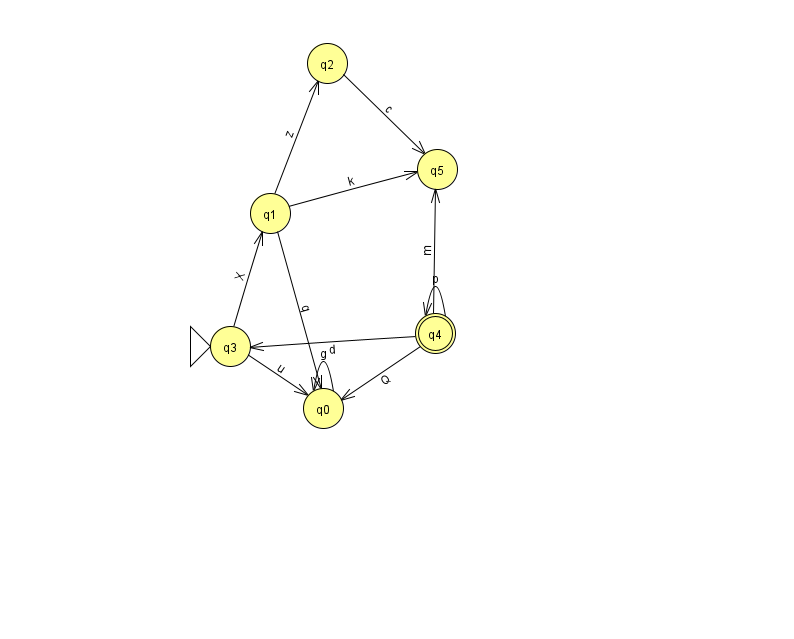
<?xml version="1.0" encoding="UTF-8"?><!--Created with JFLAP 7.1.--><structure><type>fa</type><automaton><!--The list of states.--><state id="0" name="q0"><x>323.0</x><y>395.0</y></state><state id="1" name="q1"><x>270.0</x><y>200.0</y></state><state id="2" name="q2"><x>327.0</x><y>50.0</y></state><state id="3" name="q3"><x>230.0</x><y>333.0</y><initial/></state><state id="4" name="q4"><x>435.0</x><y>320.0</y><final/></state><state id="5" name="q5"><x>437.0</x><y>156.0</y></state><!--The list of transitions.--><transition><from>4</from><to>4</to><read>p</read></transition><transition><from>1</from><to>5</to><read>k</read></transition><transition><from>4</from><to>0</to><read>Q</read></transition><transition><from>1</from><to>2</to><read>z</read></transition><transition><from>2</from><to>5</to><read>c</read></transition><transition><from>0</from><to>0</to><read>g</read></transition><transition><from>1</from><to>0</to><read>q</read></transition><transition><from>3</from><to>1</to><read>X</read></transition><transition><from>4</from><to>3</to><read>d</read></transition><transition><from>3</from><to>0</to><read>u</read></transition><transition><from>4</from><to>5</to><read>m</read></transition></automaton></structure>